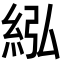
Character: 紭